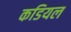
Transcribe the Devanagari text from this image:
कडियल